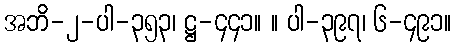
အဘိ-၂-ပါ-၃၅၃၊ ဋ္ဌ-၄၄၁။ ။ ပါ-၃၉၇၊ ၆-၄၉၁။